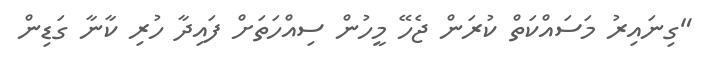
"ގިނައިރު މަސައްކަތް ކުރަން ޖެހޭ މީހުން ސިއްހަތަށް ފައިދާ ހުރި ކާނާ ގަޑިން